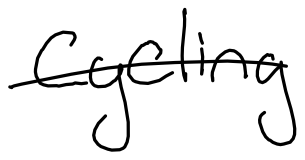
Text: cycling
Cross-out: single-line
Writing tool: digital_black